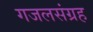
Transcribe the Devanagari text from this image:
गजलसंग्रह